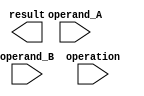
module floating_point_unit(
    input wire [31:0] operand_A,
    input wire [31:0] operand_B,
    input wire [1:0] operation, 
    output wire [31:0] result
);
// Insert your code here for the floating point operations

endmodule